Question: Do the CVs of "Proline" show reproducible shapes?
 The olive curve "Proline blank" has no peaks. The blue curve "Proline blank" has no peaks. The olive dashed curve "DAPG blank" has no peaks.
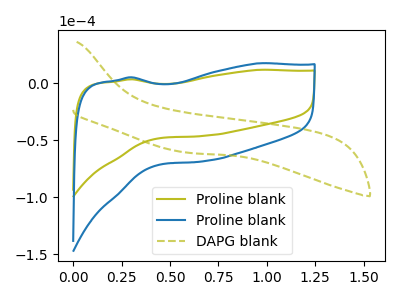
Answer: <think>Neither "Proline blank" or "Proline blank" have any peaks. Neither "Proline blank" or "DAPG blank" have any peaks. Neither "Proline blank" or "DAPG blank" have any peaks.
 </think>
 <answer>All the CV's of "Proline" have similar shape.</answer>
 <eval>follow_rule</eval>